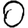
Digit: 0